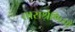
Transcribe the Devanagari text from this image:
ताराश्रेणियों